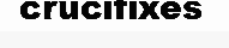
crucifixes